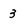
Character: 3